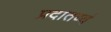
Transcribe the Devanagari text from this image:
प्रदातव्यं